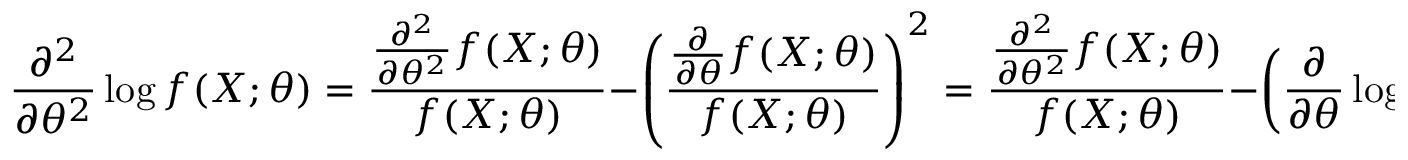
{ \frac { \partial ^ { 2 } } { \partial \theta ^ { 2 } } } \log f ( X ; \theta ) = { \frac { { \frac { \partial ^ { 2 } } { \partial \theta ^ { 2 } } } f ( X ; \theta ) } { f ( X ; \theta ) } } - \left( { \frac { { \frac { \partial } { \partial \theta } } f ( X ; \theta ) } { f ( X ; \theta ) } } \right) ^ { 2 } = { \frac { { \frac { \partial ^ { 2 } } { \partial \theta ^ { 2 } } } f ( X ; \theta ) } { f ( X ; \theta ) } } - \left( { \frac { \partial } { \partial \theta } } \log f ( X ; \theta ) \right) ^ { 2 }